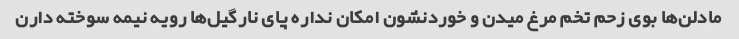
مادلن‌ها بوی زحم تخم مرغ میدن و خوردنشون امکان نداره پای نارگیل‌ها رویه نیمه سوخته دارن